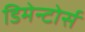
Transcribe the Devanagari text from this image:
डिमेन्टोर्स